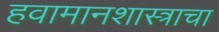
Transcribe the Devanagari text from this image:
हवामानशास्त्राचा